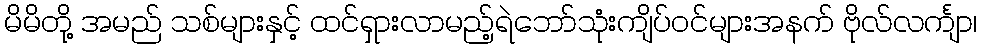
မိမိတို့ အမည် သစ်များနှင့် ထင်ရှားလာမည့်ရဲဘော်သုံးကျိပ်ဝင်များအနက် ဗိုလ်လင်္ကျာ၊